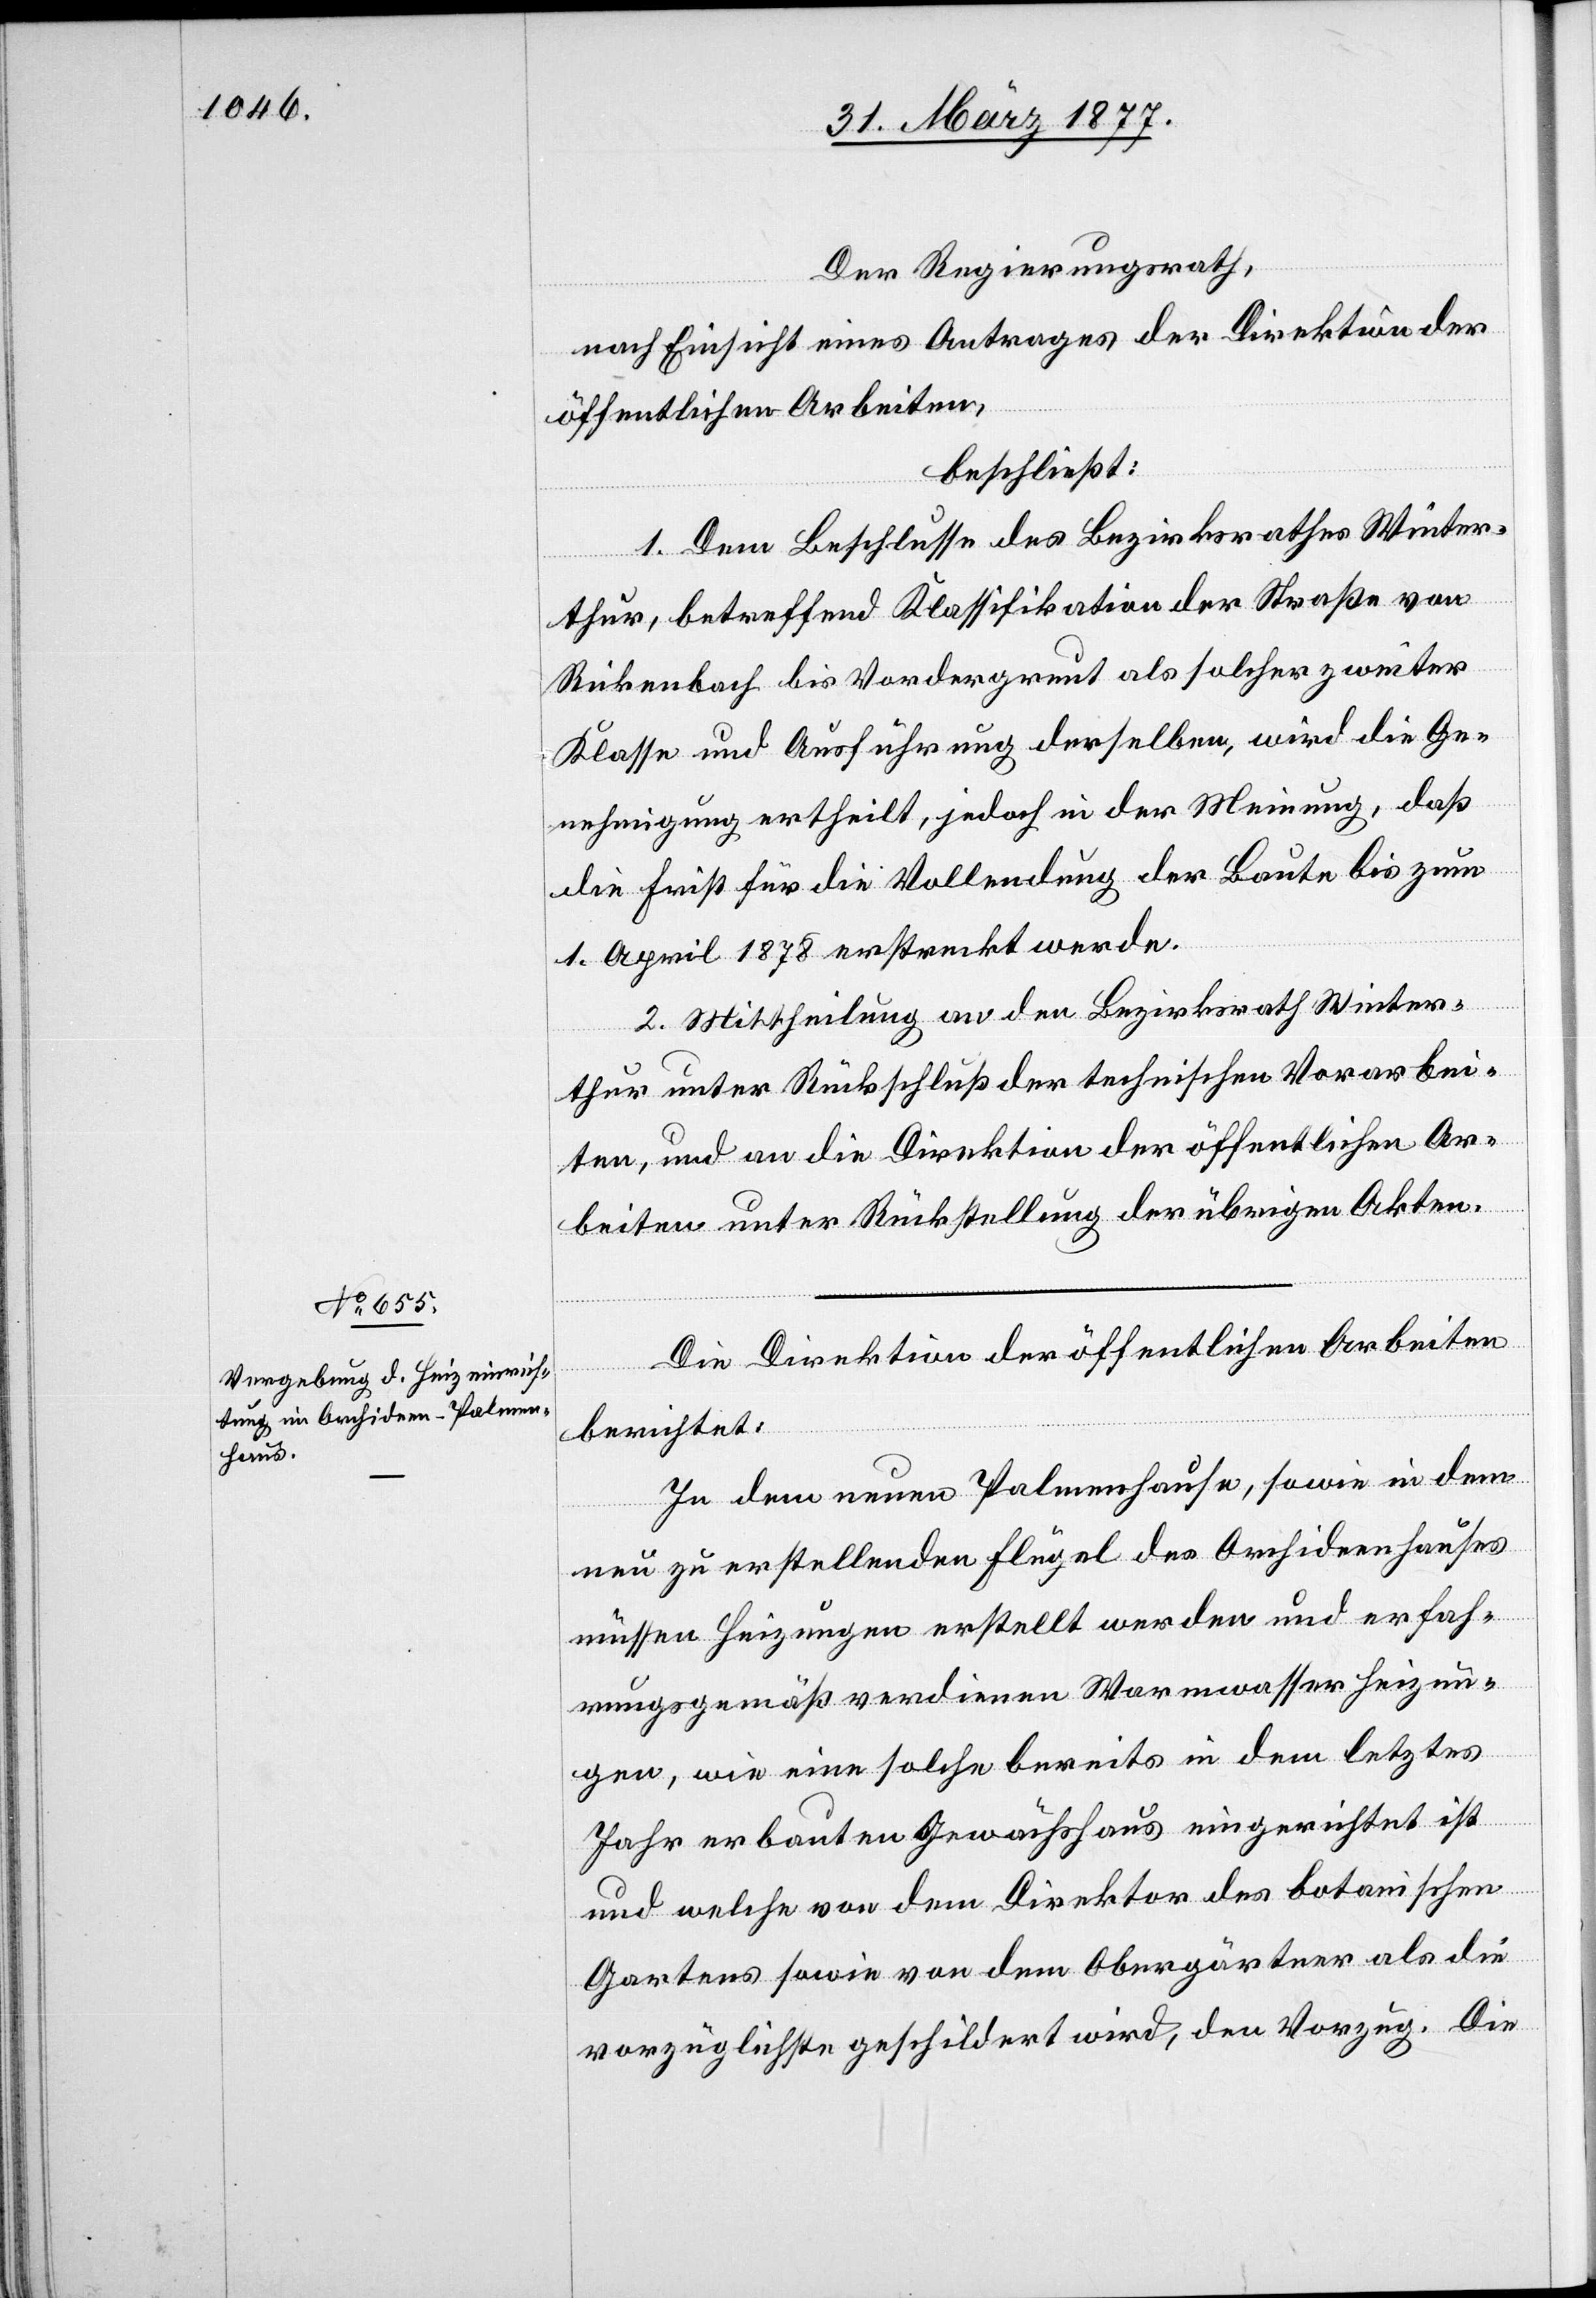
Der Regierungsrath,
nach Einsicht eines Antrages der Direktion der
öffentlichen Arbeiten,
beschließt:
1. Dem Beschlusse des Bezirksrathes Winter¬
thur, betreffend Klassifikation der Straße von
Rickenbach bis Vordergreut als solcher zweiter
Klasse und Ausführung derselben, wird die Ge¬
nehmigung ertheilt, jedoch in der Meinung, daß
die First für die Vollendung der Baute bis zum
1. April 1878 erstreckt werde.
2. Mittheilung an den Bezirksrath Winter¬
thur unter Rückschluß der technischen Vorarbei¬
ten, und an die Direktion der öffentlichen Ar¬
beiten unter Rückstellung der übrigen Akten.
Die Direktion der öffentlichen Arbeiten
berichtet:
In dem neuen Palmenhause, sowie in dem
neu zu erstellenden Flügel des Orchideenhauses
müssen Heizungen erstellt werden und erfah¬
rungsgemäß verdienen Warmwasserheizun¬
gen, wie eine solche bereits in dem letztes
Jahr erbauten Gewächshaus eingerichtet ist
und welche von dem Direktor des botanischen
Gartens sowie von dem Obergärtner als die
vorzüglichste geschildert wird, den Vorzug. Die